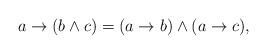
LaTeX: \begin{align*}a \to (b \wedge c)=(a \to b) \wedge (a \to c),\end{align*}